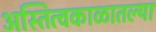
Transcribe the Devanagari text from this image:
अस्तित्वकाळातल्या